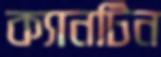
ক্যানটিন